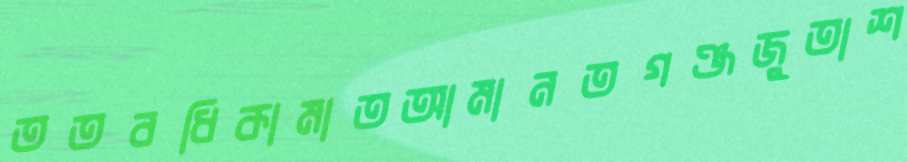
ততবধিকামাতআমানতগঞ্জজুতাশ